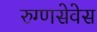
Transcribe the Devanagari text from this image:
रुग्णसेवेस